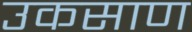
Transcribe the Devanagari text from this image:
उकसाण